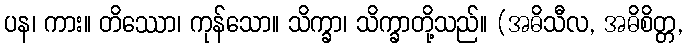
ပန၊ ကား။ တိဿော၊ ကုန်သော။ သိက္ခာ၊ သိက္ခာတို့သည်။ (အဓိသီလ, အဓိစိတ္တ,